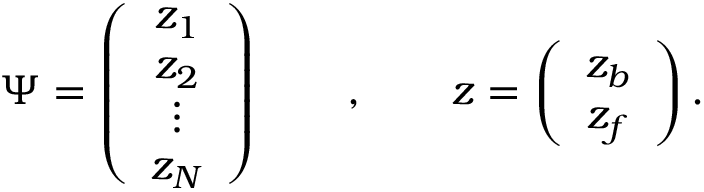
\Psi = \left( \begin{array} { c } { { z _ { 1 } } } \\ { { z _ { 2 } } } \\ { { \vdots } } \\ { { z _ { N } } } \end{array} \right) \qquad , \qquad z = \left( \begin{array} { c } { { z _ { b } } } \\ { { z _ { f } } } \end{array} \right) .